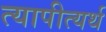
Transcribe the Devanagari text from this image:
त्यापीत्यर्थ